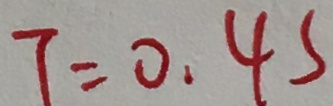
T = 0 . 4 s